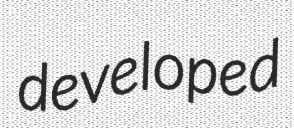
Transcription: developed